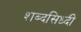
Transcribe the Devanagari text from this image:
शब्दसिध्दी